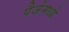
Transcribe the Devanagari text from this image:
पैजेमध्ये